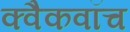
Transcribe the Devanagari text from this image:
क्वैकवॉच